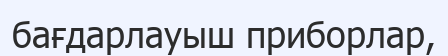
бағдарлауыш приборлар,